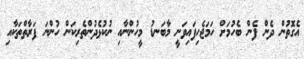
އެގޮތުން ދެން ފެން ބެހުމަށް ހަމަޖެހިފައިވަނީ މާބަނޑު މީހުންނާއި ނުކުޅެދުންތެރިކަން ހުންނަ ފަރާތްތަކާއި